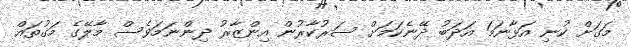
މަގަށް ކުނި އަޅާނަމަ އަދަބު ދޭނެކަމަށް ސަރުކާރުން އިންޒާރު ދިންނަމަވެސް މާލޭގެ މަގުތައް